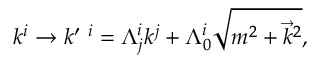
k ^ { i } \rightarrow k ^ { \prime \ i } = \Lambda _ { j } ^ { i } k ^ { j } + \Lambda _ { 0 } ^ { i } \sqrt { m ^ { 2 } + { \vec { k } } ^ { 2 } } ,